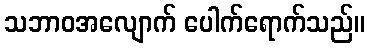
သဘာဝအလျောက် ပေါက်ရောက်သည်။